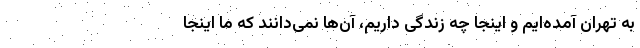
به تهران آمده‌ایم و اینجا چه زندگی داریم، آن‌ها نمی‌دانند که ما اینجا